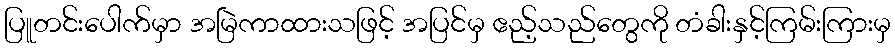
ပြူတင်းပေါက်မှာ အမြဲကာထားသဖြင့် အပြင်မှ ဧည့်သည်တွေကို တံခါးနှင့်ကြမ်းကြားမှ